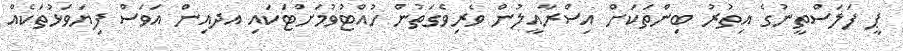
ޕީ ފަލަސްތީނުގެ އިތުރު ބިންތަކަށް އިސްރާއީލުން ވެރިވެގަތުން ހުއްޓުވުމަށްޓަކައި އދއިން އަވަސް ފިޔަވަޅުތަކެއް